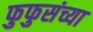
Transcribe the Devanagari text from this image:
फुफुसंच्या